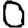
Digit: 0